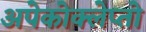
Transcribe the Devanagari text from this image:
अपेकोक्लेप्तो